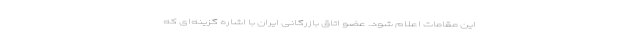
این مقامات اعلام شود. عضو اتاق بازرگانی ایران با اشاره گزینه‌ای که